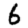
Digit: 6